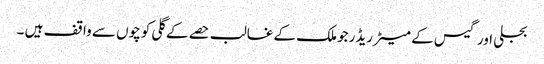
بجلی اور گیس کے میٹر ریڈرجو ملک کے غالب حصے کے گلی کوچوں سے واقف ہیں ۔